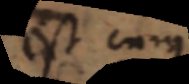
est cur